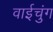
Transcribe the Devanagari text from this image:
वाईचुंग